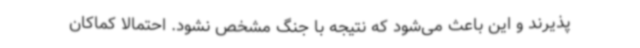
‌پذیرند و این باعث می‌شود که نتیجه با جنگ مشخص نشود. احتمالاً کماکان